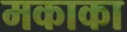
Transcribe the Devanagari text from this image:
मकाका